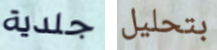
جلدية بتحليل